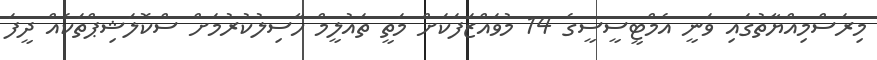
މިރަސްމިއްޔާތުގައި ވަނީ އެމްޓީސީސީގެ 14 މުވައްޒަފަކަށް މަތީ ތައުލީމް ހާސިލުކުރުމަށް ސްކޮލަޝިޕްތަކެއް ދީފަ